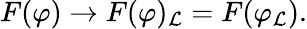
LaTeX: F(\varphi)\to F(\varphi)_{\mathcal{L}}=F(\varphi_{\mathcal{L}}).